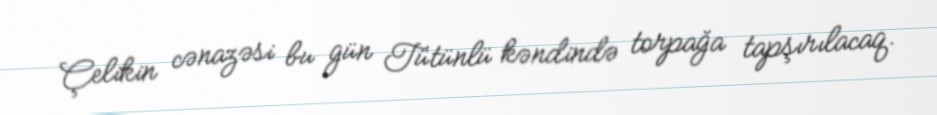
Çelikin cənazəsi bu gün Tütünlü kəndində torpağa tapşırılacaq.